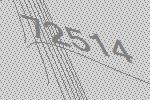
72514